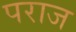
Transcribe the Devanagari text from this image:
पराज